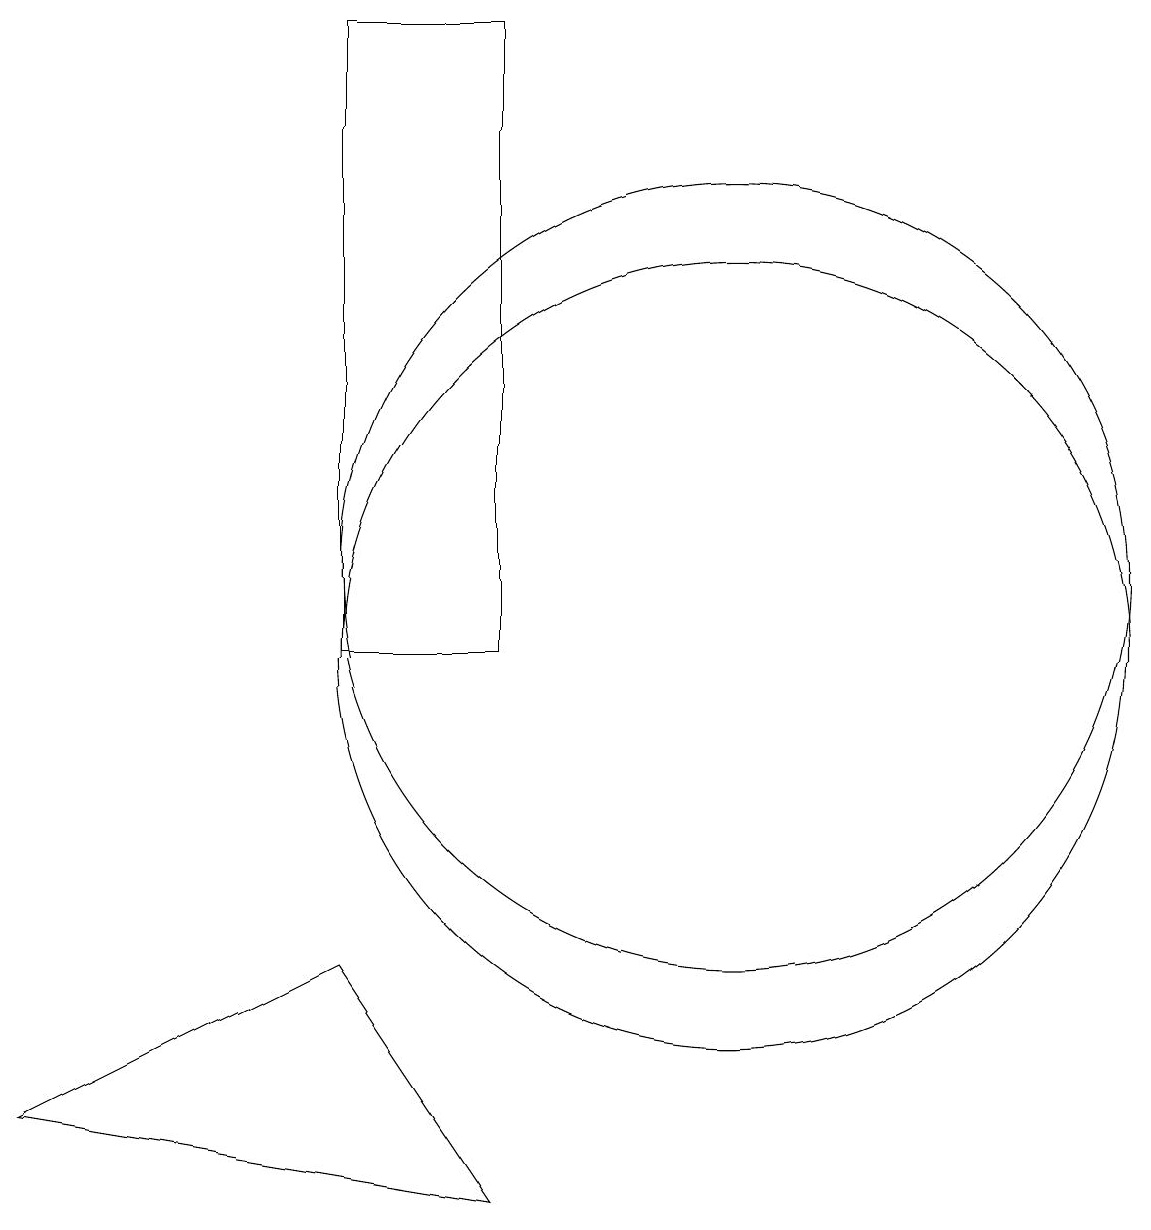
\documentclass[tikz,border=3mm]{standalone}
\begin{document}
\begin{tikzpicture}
\draw (7,18) rectangle (5,10);
\draw (7,3) -- (5,6) -- (1,4) -- cycle;
\draw (10,10) circle (5);
\draw (10,11) circle (5);
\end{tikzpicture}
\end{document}